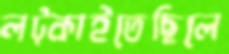
লট্‌কাইতেছিলে